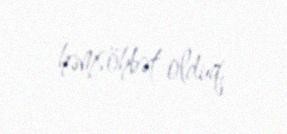
həmsöhbət olduq.